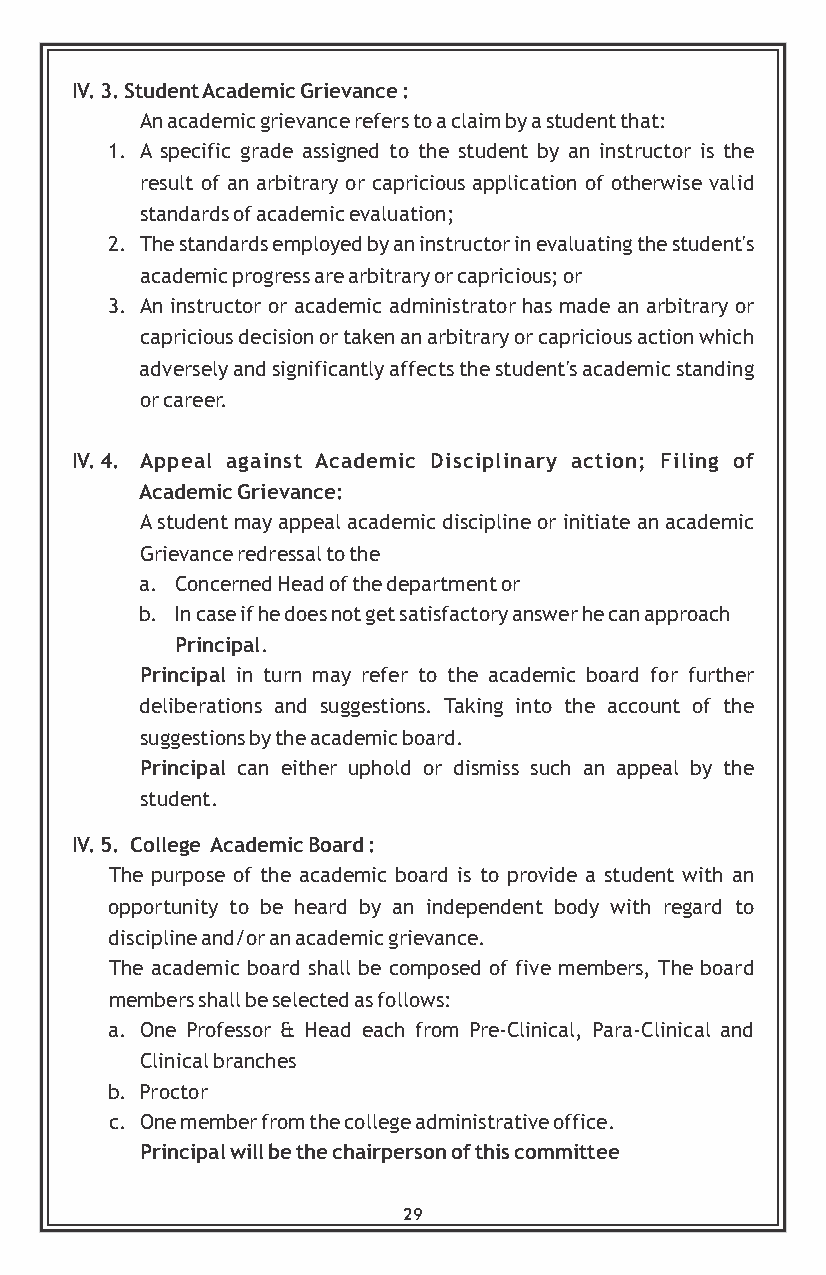
IV. 3. Student Academic Grievance :
 An academic grievance refers to a claim by a student that:
 1. A specific grade assigned to the student by an instructor is the
 result of an arbitrary or capricious application of otherwise valid
 standards of academic evaluation;
 2. The standards employed by an instructor in evaluating the student's
 academic progress are arbitrary or capricious; or
 3. An instructor or academic administrator has made an arbitrary or
 capricious decision or taken an arbitrary or capricious action which
 adversely and significantly affects the student's academic standing
 or career.
 IV. 4. Appeal against Academic Disciplinary action; Filing of
 Academic Grievance:
 A student may appeal academic discipline or initiate an academic
 Grievance redressal to the
 a. Concerned Head of the department or
 b. In case if he does not get satisfactory answer he can approach
 Principal.
 Principal in turn may refer to the academic board for further
 deliberations and suggestions. Taking into the account of the
 suggestions by the academic board.
 Principal can either uphold or dismiss such an appeal by the
 student.
 IV. 5. College Academic Board :
 The purpose of the academic board is to provide a student with an
 opportunity to be heard by an independent body with regard to
 discipline and/or an academic grievance.
 The academic board shall be composed of five members, The board
 members shall be selected as follows:
 a. One Professor & Head each from Pre-Clinical, Para-Clinical and
 Clinical branches
 b. Proctor
 c. One member from the college administrative office.
 Principal will be the chairperson of this committee
 29